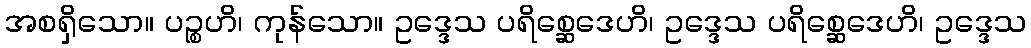
အစရှိသော။ ပဉ္စဟိ၊ ကုန်သော။ ဥဒ္ဒေသ ပရိစ္ဆေဒေဟိ၊ ဥဒ္ဒေသ ပရိစ္ဆေဒေဟိ၊ ဥဒ္ဒေသ